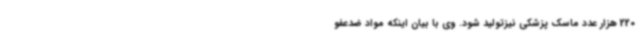
220 هزار عدد ماسک پزشکی نیزتولید شود. وی با بیان اینکه مواد ضدعفو